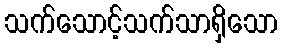
သက်သောင့်သက်သာရှိသော